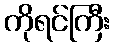
ကိုရင်ကြီး